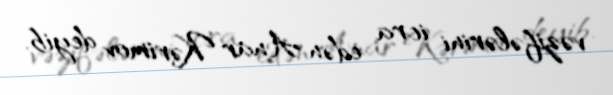
vəzifələrini icra edən Anar Kərimov deyib.